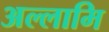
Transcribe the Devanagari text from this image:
अल्लामि